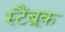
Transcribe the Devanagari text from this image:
स्टैंब्रूक